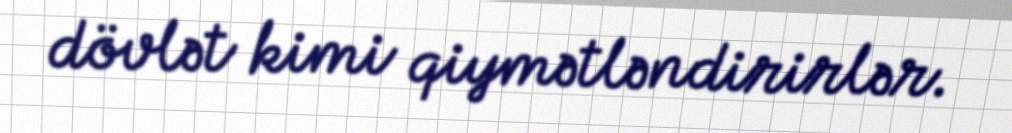
dövlət kimi qiymətləndirirlər.